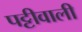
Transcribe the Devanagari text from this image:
पट्टीवाली